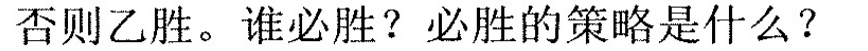
否则乙胜。谁必胜?必胜的策略是什么?